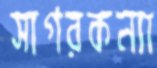
সাগরকন্যা